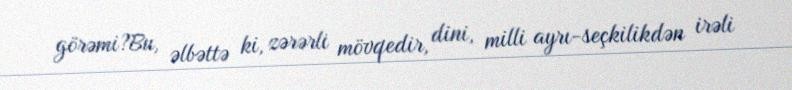
görəmi?Bu, əlbəttə ki, zərərli mövqedir, dini, milli ayrı-seçkilikdən irəli